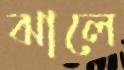
ঝালে